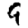
Digit: 9